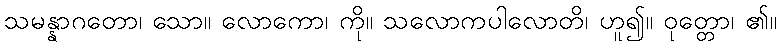
သမန္နာဂတော၊ သော။ လောကော၊ ကို။ သလောကပါလောတိ၊ ဟူ၍။ ဝုတ္တော၊ ၏။